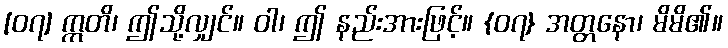
[၀၇] ဣတိ၊ ဤသို့လျှင်။ ဝါ၊ ဤ နည်းအားဖြင့်။ {၀၇} အတ္တနော၊ မိမိ၏။